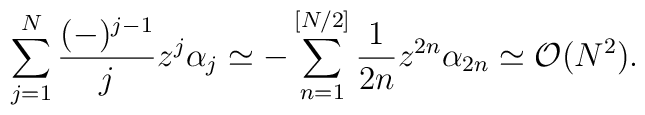
\sum_{j=1}^{N} \frac{(-)^{j-1}}{j} z^{j} \alpha_{j} \simeq-\sum_{n=1}^{[N/2]} \frac{1}{2n} z^{2n} \alpha_{2n} \simeq {\cal O}(N^2).